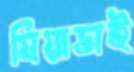
মিয়াভাই